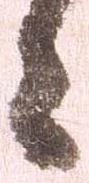
々